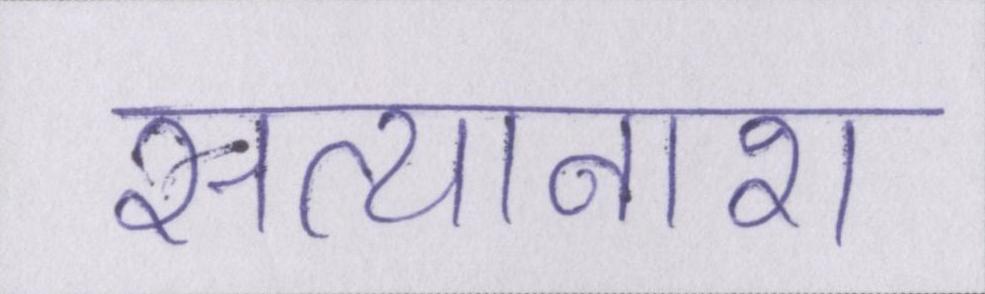
सत्यानाश